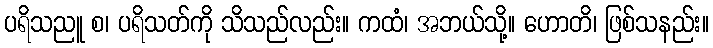
ပရိသညူ စ၊ ပရိသတ်ကို သိသည်လည်း။ ကထံ၊ အဘယ်သို့။ ဟောတိ၊ ဖြစ်သနည်း။